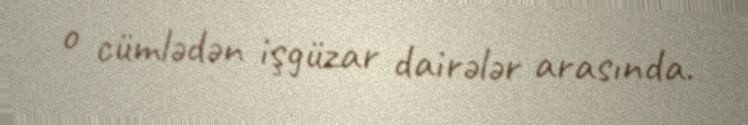
o cümlədən işgüzar dairələr arasında.